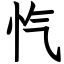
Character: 忾